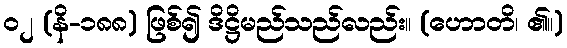
၀၂ (နိ-၁၈၈) ဖြစ်၍ ဒိဋ္ဌိမည်သည်လည်း။ (ဟောတိ၊ ၏။)